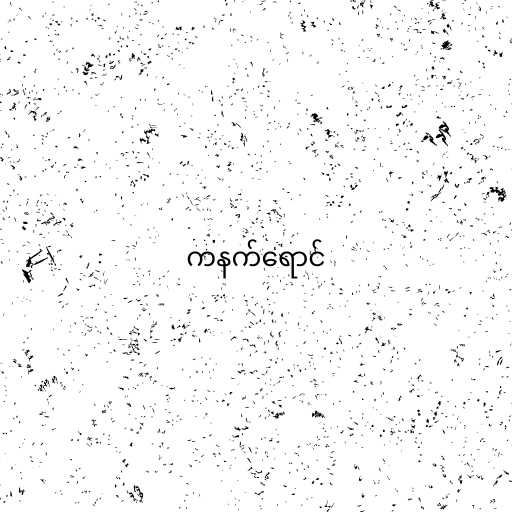
ကနက်ရောင်